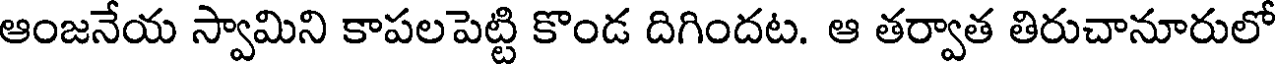
ఆంజనేయ స్వామిని కాపలపెట్టి కొండ దిగిందట. ఆ తర్వాత తిరుచానూరులో